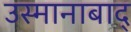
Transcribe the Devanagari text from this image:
उस्मानाबाद्